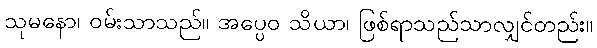
သုမနော၊ ဝမ်းသာသည်။ အပ္ပေဝ သိယာ၊ ဖြစ်ရာသည်သာလျှင်တည်း။